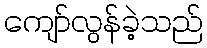
ကျော်လွန်ခဲ့သည်